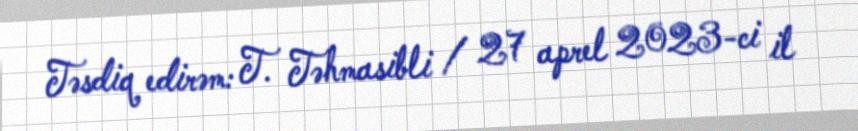
Təsdiq edirəm: T. Təhmasibli / 27 aprel 2023-ci il